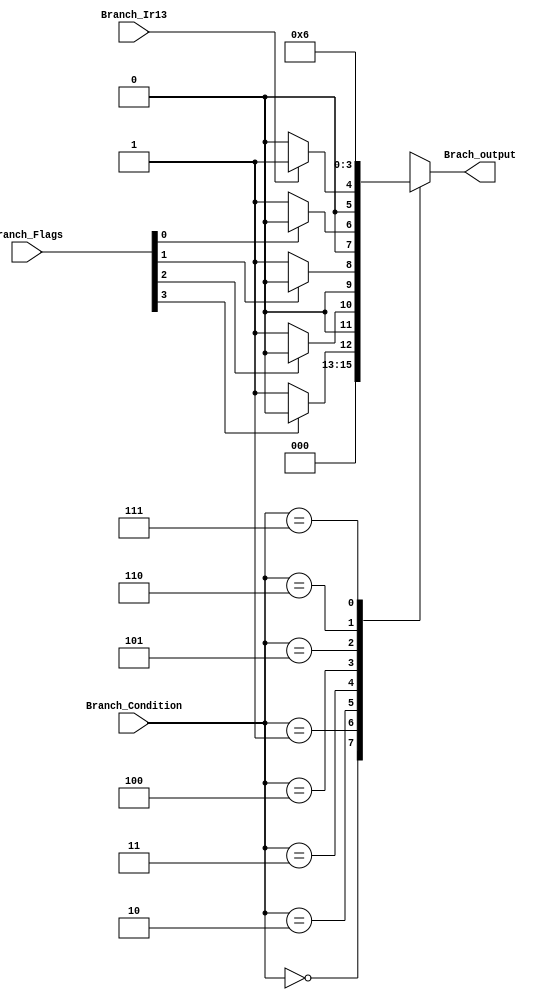
//Mdulo encargado de definir los saltos que debe realizar la memoria de microinstrucciones


//=======================================================
//  MODULE Definition
//=======================================================
module CC_branchControl #(parameter DATAWIDTH_COND_MIR=3, parameter DATAWIDTH_BANDERAS=4, parameter DATAWIDTH_BUS_OUT=2)(
	//OUTPUTS
	Brach_output,			//Salida de 2 bits conectada al CS Adress Mux
	//INPUTS	
	Branch_Flags,			//Banderas del %psr
	Branch_Ir13,			//Bit 13 
	Branch_Condition		//Condicin de la memoria de microinstrucciones
	
);

//=======================================================
//  PORT declarations
//=======================================================
	//OUTPUTS//
	output reg	[DATAWIDTH_BUS_OUT-1:0] Brach_output;
	//INPUTS//
	input			[DATAWIDTH_COND_MIR-1:0] Branch_Condition;
   input			[DATAWIDTH_BANDERAS-1:0] Branch_Flags;
	input			Branch_Ir13;
	
//=======================================================
//  Structural coding
//=======================================================
//INPUT LOGIC: COMBINATIONAL
	always@(*) //poner clock!!!!!!!!!!!!!!!!!!!!!!!!!!!!!!!!!!!!!!!!!!!!!!!!!!!!!!!!!!!!!!!!!!!!!!!!!!!!!!!!!!!!!!!!!!!!!!!!!
	begin
	case (Branch_Condition)	
		// Salto a la siguiente direccin
		3'b000: Brach_output =2'b00 ;
		// Verificacin bandera negativo
		3'b001:  begin 
						if (Branch_Flags[3] == 1'b0)
							Brach_output = 2'b01 ;
						else
							Brach_output = 2'b00 ;
					end 
		// Verificacin bandera cero
      3'b010:  begin 
						if (Branch_Flags[2] == 1'b0)
							Brach_output = 2'b01 ;
						else
							Brach_output = 2'b00 ;
					end 
		// Verificacin bandera overflow			
		3'b011:  begin 
						if (Branch_Flags[1] == 1'b0)
							Brach_output = 2'b01 ;
						else
							Brach_output = 2'b00 ;
					end 
		// Verificacin bandera carry		
		3'b100:  begin 
						if (Branch_Flags[0] == 1'b0)
							Brach_output = 2'b01 ;
						else
							Brach_output = 2'b00 ;
					end 
		// Verificacin bit 13 IR			
		3'b101: begin 
						if (Branch_Ir13 == 1'b1)
							Brach_output = 2'b01 ;
						else
							Brach_output = 2'b00 ;
					end 
		
		// Usar salto a direccin
		3'b110: Brach_output = 2'b01 ;
		
		// Decodificar 
		3'b111: Brach_output = 2'b10 ;
		
		
		default :  Brach_output = 2'b00; 
		
		endcase
		
	end

endmodule